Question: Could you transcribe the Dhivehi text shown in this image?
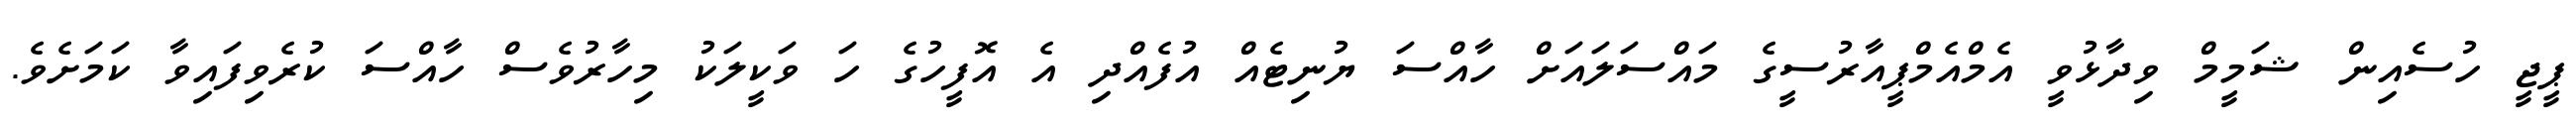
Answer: ޕީޖީ ހުސެއިން ޝަމީމް ވިދާޅުވީ އެމްއެމްޕީއާރުސީގެ މައްސަލައަށް ހާއްސަ ޔުނިޓެއް އުފެއްދި އެ އޮފީހުގެ ހަ ވަކީލަކު މިހާރުވެސް ހާއްސަ ކުރެވިފައިވާ ކަމަށެވެ.